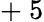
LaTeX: +~5